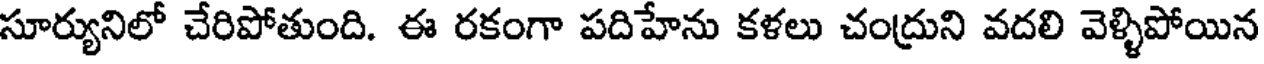
సూర్యునిలో చేరిపోతుంది. ఈ రకంగా పదిహేను కళలు చంద్రుని వదలి వెళ్ళిపోయిన